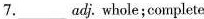
7.___adj. Whole;complete